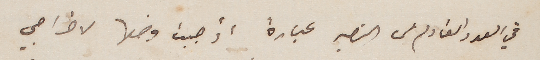
في العدد القادم من النصير عبارة أوجبت وضعها لاخراجي